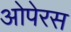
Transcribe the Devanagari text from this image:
ओपेरस